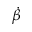
\dot { \beta }